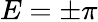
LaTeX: E=\pm\pi